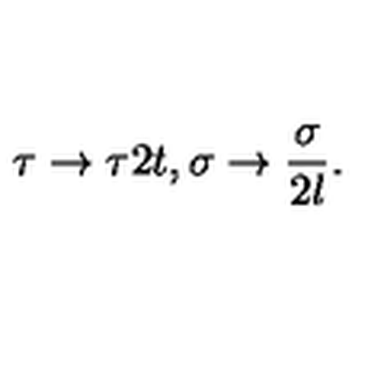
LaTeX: \tau \rightarrow \tau 2 t , \sigma \rightarrow \frac { \sigma } { 2 l } .